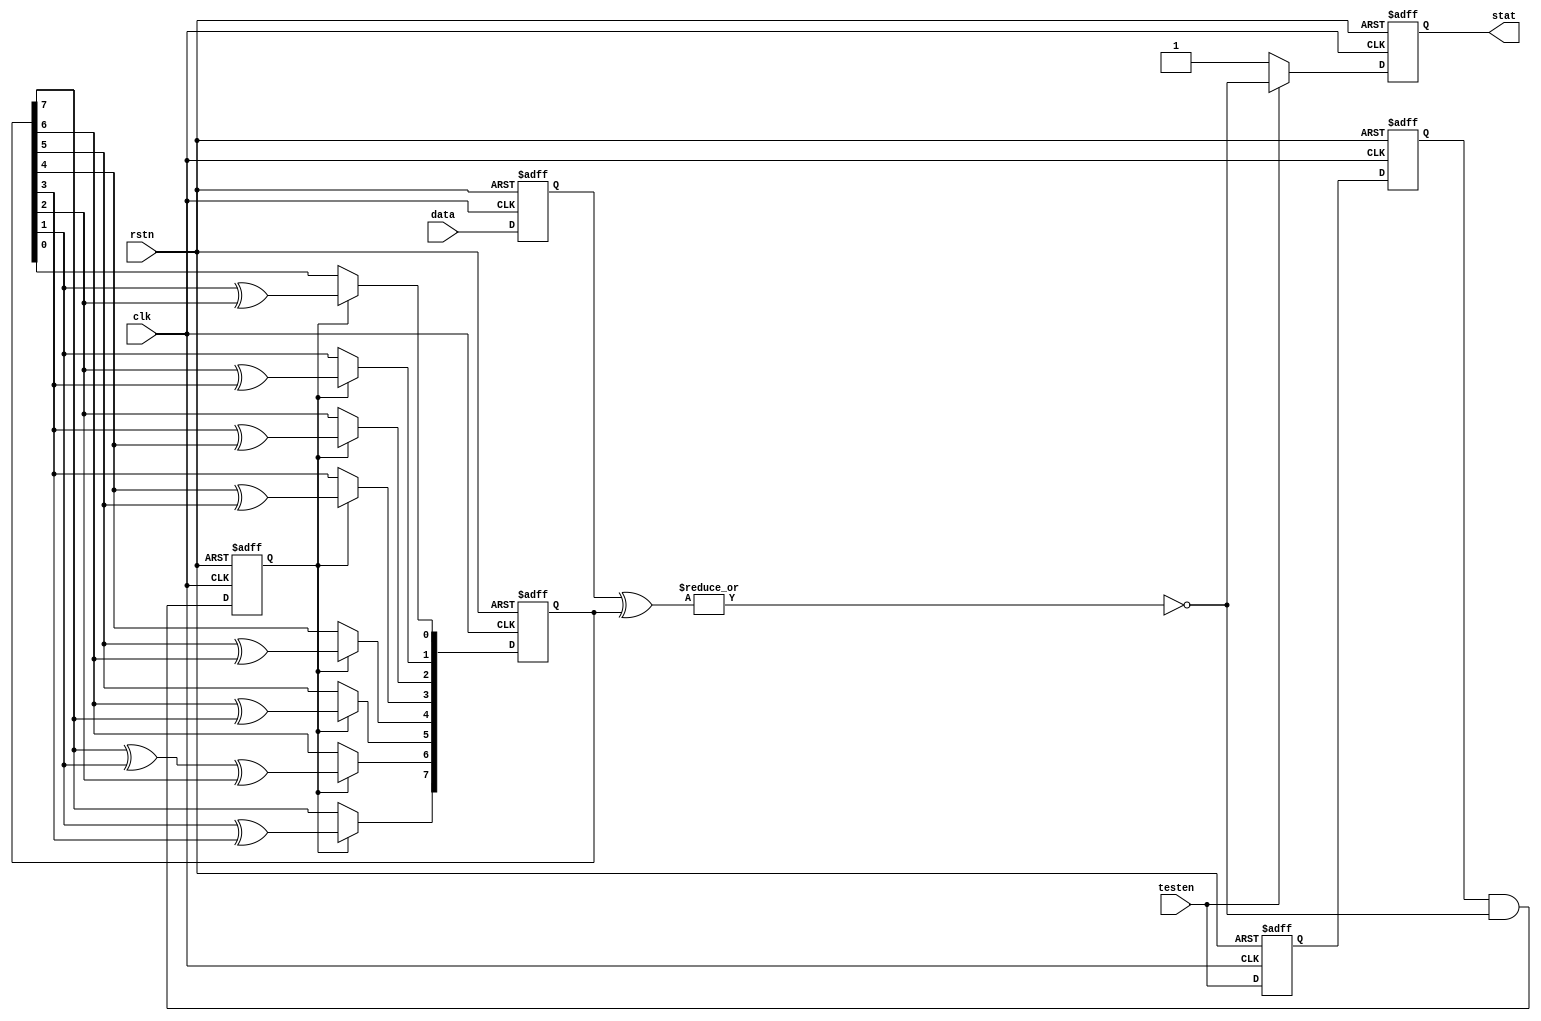
/////////////////////////////////////////////////////////////////////////////
//
// Copyright (C) 2013-2019 Efinix Inc. All rights reserved.
//
// prbs_det.v
//
// *******************************
// Revisions:
// 1.0 Initial rev
// 1.1 Design updated to 2021.1
//
// *******************************
/////////////////////////////////////////////////////////////////////////////


module prbs_det (
input clk,
input rstn,
input [7:0] data,
input testen,
output reg stat
);


reg rstn_filt, rstn_sync;
reg testen_filt, testen_sync;
wire error;
reg [7:0] prbs_r;
reg load;
reg [7:0] data_sync;

//assign stat = testen ? ~error : 1'b1; //1 = OK, 0 = error

/* always @(posedge clk or negedge rstn) begin
	if (!rstn) begin
	rstn_filt <= 1'b0;
	rstn_sync <= 1'b0;
	end else begin
	rstn_filt <= 1'b1;
	rstn_sync <= rstn_filt;
	end
end */

always @(posedge clk or negedge rstn) begin
	if (!rstn) begin
	testen_filt <= 1'b0;
	testen_sync <= 1'b0;
	end else begin
	testen_filt <= testen;
	testen_sync <= testen_filt;
	end
end
	
always @(posedge clk or negedge rstn) begin
	if (!rstn) begin
	data_sync <= 8'h00;
	end else begin
	data_sync <= data;
	end
end

assign error = |(data_sync ^ prbs_r);

always @(negedge clk or negedge rstn) begin
	if (!rstn) begin
	stat <= 1'b0;
	end else begin
		if (testen) stat <= ~error;
		else stat  <= 1'b1;
	end

end

always @(posedge clk or negedge rstn) begin
	if (!rstn) begin
	prbs_r <= 8'h08;
	end else begin
	prbs_r[7] <= load ? prbs_r[1] ^ prbs_r[3] 	      : prbs_r[7];
	prbs_r[6] <= load ? prbs_r[7] ^ prbs_r[1] ^ prbs_r[2] : prbs_r[6];
	prbs_r[5] <= load ? prbs_r[6] ^ prbs_r[7] 	      : prbs_r[5];
	prbs_r[4] <= load ? prbs_r[5] ^ prbs_r[6] 	      : prbs_r[4];
	prbs_r[3] <= load ? prbs_r[4] ^ prbs_r[5]	      : prbs_r[3];
	prbs_r[2] <= load ? prbs_r[3] ^ prbs_r[4]	      : prbs_r[2];
	prbs_r[1] <= load ? prbs_r[2] ^ prbs_r[3]	      : prbs_r[1];
	prbs_r[0] <= load ? prbs_r[1] ^ prbs_r[2]  	      : prbs_r[0];
	
	end
end

always @(negedge clk or negedge rstn) begin

	if (!rstn) begin
	load <= 1'b0;
	end else begin
	load <= testen_sync & ~error;
	end
end

endmodule


//////////////////////////////////////////////////////////////////////////////
// Copyright (C) 2013-2019 Efinix Inc. All rights reserved.
//
// This   document  contains  proprietary information  which   is
// protected by  copyright. All rights  are reserved.  This notice
// refers to original work by Efinix, Inc. which may be derivitive
// of other work distributed under license of the authors.  In the
// case of derivative work, nothing in this notice overrides the
// original author's license agreement.  Where applicable, the 
// original license agreement is included in it's original 
// unmodified form immediately below this header.
//
// WARRANTY DISCLAIMER.  
//     THE  DESIGN, CODE, OR INFORMATION ARE PROVIDED AS IS AND 
//     EFINIX MAKES NO WARRANTIES, EXPRESS OR IMPLIED WITH 
//     RESPECT THERETO, AND EXPRESSLY DISCLAIMS ANY IMPLIED WARRANTIES, 
//     INCLUDING, WITHOUT LIMITATION, THE IMPLIED WARRANTIES OF 
//     MERCHANTABILITY, NON-INFRINGEMENT AND FITNESS FOR A PARTICULAR 
//     PURPOSE.  SOME STATES DO NOT ALLOW EXCLUSIONS OF AN IMPLIED 
//     WARRANTY, SO THIS DISCLAIMER MAY NOT APPLY TO LICENSEE.
//
// LIMITATION OF LIABILITY.  
//     NOTWITHSTANDING ANYTHING TO THE CONTRARY, EXCEPT FOR BODILY 
//     INJURY, EFINIX SHALL NOT BE LIABLE WITH RESPECT TO ANY SUBJECT 
//     MATTER OF THIS AGREEMENT UNDER TORT, CONTRACT, STRICT LIABILITY 
//     OR ANY OTHER LEGAL OR EQUITABLE THEORY (I) FOR ANY INDIRECT, 
//     SPECIAL, INCIDENTAL, EXEMPLARY OR CONSEQUENTIAL DAMAGES OF ANY 
//     CHARACTER INCLUDING, WITHOUT LIMITATION, DAMAGES FOR LOSS OF 
//     GOODWILL, DATA OR PROFIT, WORK STOPPAGE, OR COMPUTER FAILURE OR 
//     MALFUNCTION, OR IN ANY EVENT (II) FOR ANY AMOUNT IN EXCESS, IN 
//     THE AGGREGATE, OF THE FEE PAID BY LICENSEE TO EFINIX HEREUNDER 
//     (OR, IF THE FEE HAS BEEN WAIVED, $100), EVEN IF EFINIX SHALL HAVE 
//     BEEN INFORMED OF THE POSSIBILITY OF SUCH DAMAGES.  SOME STATES DO 
//     NOT ALLOW THE EXCLUSION OR LIMITATION OF INCIDENTAL OR 
//     CONSEQUENTIAL DAMAGES, SO THIS LIMITATION AND EXCLUSION MAY NOT 
//     APPLY TO LICENSEE.
//
/////////////////////////////////////////////////////////////////////////////